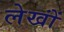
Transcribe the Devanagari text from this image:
लेखोंं